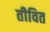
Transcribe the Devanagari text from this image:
तीवित